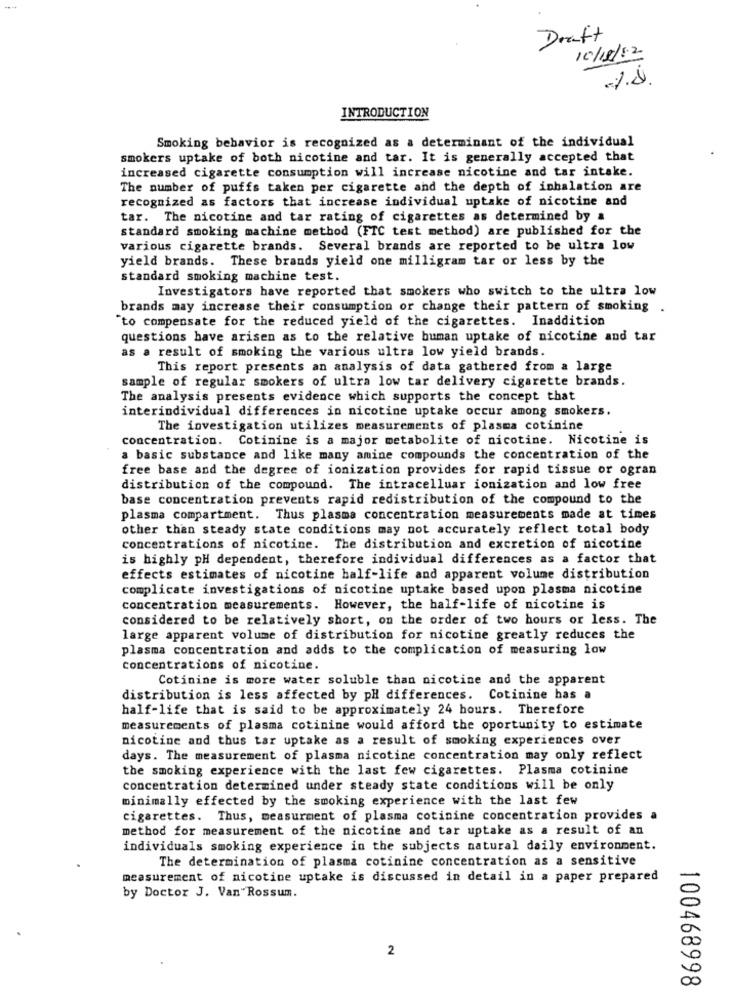
Draft
10/12/12
INTRODUCTION
Smoking behavior is recognized as a determinant of the individual
smokers uptake of both nicotine and tar. It is generally accepted that
increased cigarette consumption will increase nicotine and tar intake.
The number of puffs taken per cigarette and the depth of inhalation are
recognized as factors that increase individual uptake of nicotine and
tar. The nicotine and tar rating of cigarettes as determined by a
standard smoking machine method (FTC test method) are published for the
various cigarette brands. Several brands are reported to be ultra low
yield brands. These brands yield one milligram tar or less by the
standard smoking machine test.
Investigators have reported that smokers who switch to the ultra low
brands may increase their consumption or change their pattern of smoking .
"to compensate for the reduced yield of the cigarettes. Inaddition
questions have arisen as to the relative buman uptake of nicotine and tar
as a result of smoking the various ultra low yield brands.
This report presents an analysis of data gathered from a large
sample of regular smokers of ultra low tar delivery cigarette brands.
The analysis presents evidence which supports the concept that
interindividual differences in nicotine uptake occur among smokers.
The investigation utilizes measurements of plasma cotinine
concentration. Cotinine is a major metabolite of nicotine. Nicotine is
a basic substance and like many amine compounds the concentration of the
free base and the degree of ionization provides for rapid tissue or ogran
distribution of the compound. The intracelluar ionization and low free
base concentration prevents rapid redistribution of the compound to the
plasma compartment. Thus plasma concentration measurements made at times
other than steady state conditions may not accurately reflect total body
concentrations of nicotine. The distribution and excretion of nicotine
is highly pH dependent, therefore individual differences as a factor that
effects estimates of nicotine half-life and apparent volume distribution
complicate investigations of nicotine uptake based upon plasma nicotine
concentration measurements. However, the half-life of nicotine is
considered to be relatively short, on the order of two hours or less. The
large apparent volume of distribution for nicotine greatly reduces the
plasma concentration and adds to the complication of measuring low
concentrations of nicotine.
Cotinine is more water soluble than nicotine and the apparent
distribution is less affected by pH differences. Cotinine has a
half-life that is said to be approximately 24 hours. Therefore
measurements of plasma cotinine would afford the oportunity to estimate
nicotine and thus tar uptake as a result of smoking experiences over
days. The measurement of plasma nicotine concentration may only reflect
the smoking experience with the last few cigarettes. Plasma cotinine
concentration determined under steady state conditions will be only
minimally effected by the smoking experience with the last few
cigarettes. Thus, measurment of plasma cotinine concentration provides a
method for measurement of the nicotine and tar uptake as a result of an
individuals smoking experience in the subjects natural daily environment.
The determination of plasma cotinine concentration as a sensitive
measurement of nicotine uptake is discussed in detail in a paper prepared
by Doctor J. Van"Rossum.
2
100468998